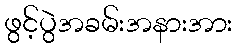
ဖွင့်ပွဲအခမ်းအနားအား